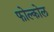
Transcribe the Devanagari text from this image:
फोल्कोल